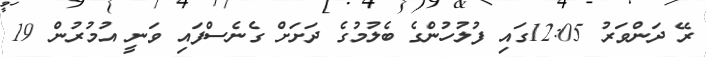
ރޭ ދަންވަރު 12:05ގައި ފުލުހުންގެ ބެލުމުގެ ދަށަށް ގެނެސްފައި ވަނީ އުމުރުން 19